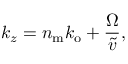
k _ { z } = n _ { \mathrm { m } } k _ { \mathrm { o } } + \frac { \Omega } { \widetilde { v } } ,